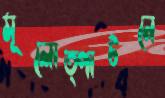
মূলোত্পাটনে